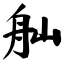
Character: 舢